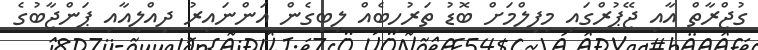
ގުޖްރާތް އާއި ޖޭޕުރްގައި މިފިލްމަށް ބޮޑު ތަރުހީބެއް ލިބިގެން އަންނައިރު ދިއްލީއާއި ޕަންޖާބުގެ